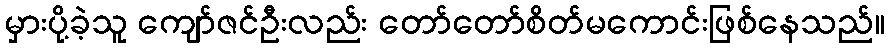
မှားပို့ခဲ့သူ ကျော်ဇင်ဦးလည်း တော်တော်စိတ်မကောင်းဖြစ်နေသည်။